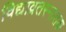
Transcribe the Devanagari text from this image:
विद्याव्रतस्नातक